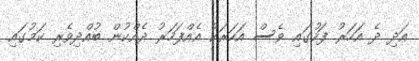
އަދި ދެ އަހަރު ފަހުގައި ވެސް އަހަރަކު އެއްފަހަރު ދެއްކުން ބުއްދިވެރި ކަމުގައި